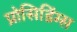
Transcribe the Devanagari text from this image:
प्रोसिडिंग्स